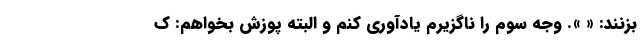
بزنند: « ». وجه سوم را ناگزیرم یادآوری کنم و البته پوزش بخواهم: ک